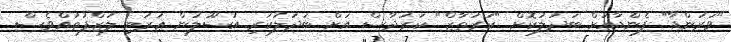
"ވަރަންޑާ" ފެންޑާއަށް ބަދަލުކޮށް "ކަރުތާޒް" ކަރުދާސް އަށް ބަދަލުކުރި އުސޫލުން ޢަރަބި ލަޒްފުތައްވެސް